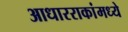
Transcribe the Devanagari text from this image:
आधारराकांमध्ये